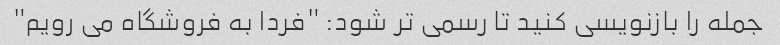
جمله را بازنویسی کنید تا رسمی تر شود: "فردا به فروشگاه می رویم"